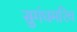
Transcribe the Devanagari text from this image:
सुगंधमरिच